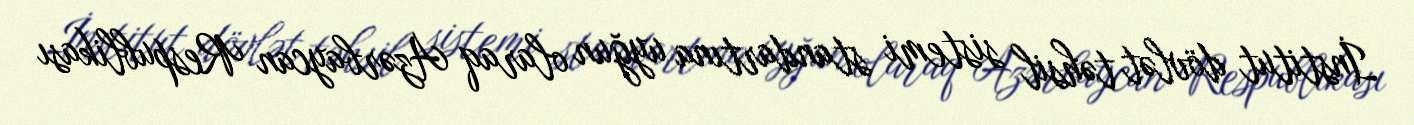
İnstitut dövlət təhsil sistemi standartına uyğun olaraq Azərbaycan Respublikası